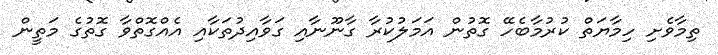
ތިމާވެށި ހިމާޔަތް ކުރުމާބެހޭ ގޮތުން އަމަލުކުރާ ގާނޫނާއި ގަވާއިދުތަކާއި އެއްގޮތްވާ ގޮތުގެ މަތީން